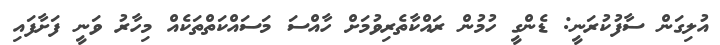
އުލިގަން ސާފުކުރަނީ: ޑެންގީ ހުމުން ރައްކާތެރިވުމަށް ހާއްސަ މަސައްކަތްތަކެއް މިހާރު ވަނީ ފަށާފައި